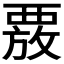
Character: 𮗄